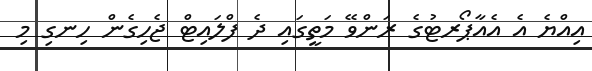
އިއްޔެ އެ އެއާޕޯރޓުގެ ރަންވޭ މަތީގައި ދެ ފްލައިޓް ޖެހިގެން ހިނގި މި